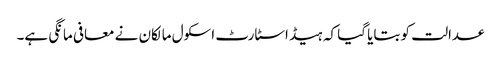
عدالت کو بتایا گیا کہ ہیڈ اسٹارٹ اسکول مالکان نے معافی مانگی ہے۔